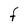
Character: F